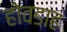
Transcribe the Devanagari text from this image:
होवडाह